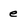
Character: e